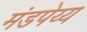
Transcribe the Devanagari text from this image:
मंडपेय्य